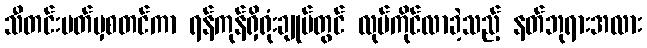
သီတင်းပတ်မှစတင်ကာ ရန်ကုန်ရှိရုံးချုပ်တွင် လုပ်ကိုင်လာခဲ့သည့် နတ်ဘုရားအလား